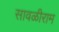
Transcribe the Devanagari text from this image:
सावळीराम